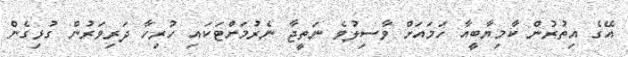
އޭގެ އިތުރުން ކާމިޔާބީއާ ހަމައަށް ވާސިލުވެ ނަތީޖާ ނެރުމަށްޓަކައި ހުރިހާ ދަރިވަރުން ގުޅިގެން